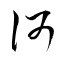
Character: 何